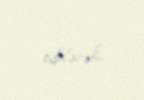
ediləcək.